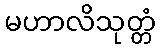
မဟာလိသုတ္တံ